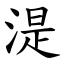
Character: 湜